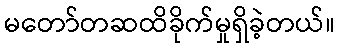
မတော်တဆထိခိုက်မှုရှိခဲ့တယ်။